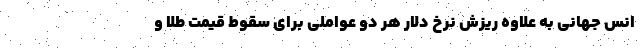
انس جهانی به علاوه ریزش نرخ دلار هر دو عواملی برای سقوط قیمت طلا و